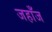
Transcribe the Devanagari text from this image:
जहाँज